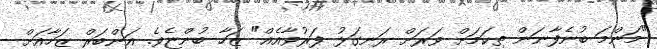
"މަންމަ ބުނެފާނަން ތިކަމަށް ވަރަށް ރަނގަޅު ފަރުވާއެއް" ޒަހާ ބުންޏެވެ. އަންބަރް ޒަހާއަށް